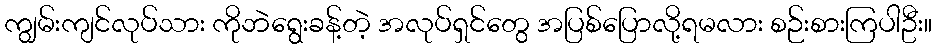
ကျွမ်းကျင်လုပ်သား ကိုဘဲရွေးခန့်တဲ့ အလုပ်ရှင်တွေ အပြစ်ပြောလို့ရမလား စဉ်းစားကြပါဦး။